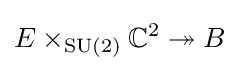
E\times _{\operatorname {SU} (2)}\mathbb {C} ^{2}\twoheadrightarrow B